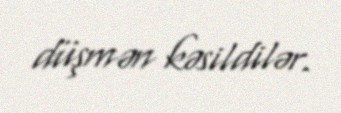
düşmən kəsildilər.